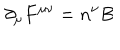
{ \partial } _ { \mu } F ^ { { \mu } { \nu } } = n ^ { \nu } B